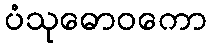
ပံသုဓောဝကော